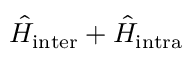
\hat { H } _ { \mathrm { i n t e r } } + \hat { H } _ { \mathrm { i n t r a } }